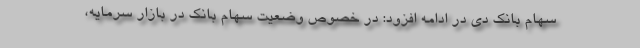
سهام بانک دی در ادامه افزود: در خصوص وضعیت سهام بانک در بازار سرمایه،